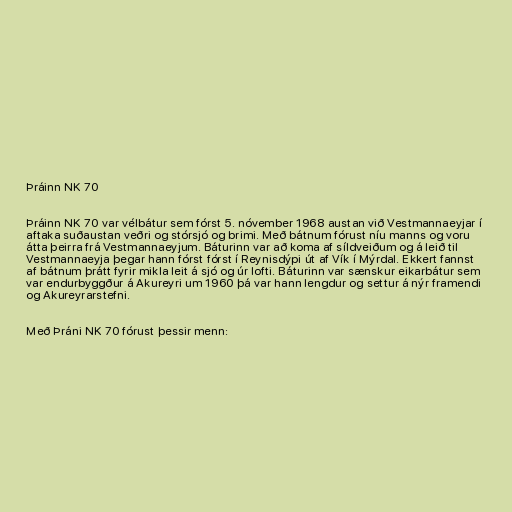
Þráinn NK 70

Þráinn NK 70 var vélbátur sem fórst 5. nóvember 1968 austan við Vestmannaeyjar í
aftaka suðaustan veðri og stórsjó og brimi. Með bátnum fórust níu manns og voru
átta þeirra frá Vestmannaeyjum. Báturinn var að koma af síldveiðum og á leið til
Vestmannaeyja þegar hann fórst fórst í Reynisdýpi út af Vík í Mýrdal. Ekkert fannst
af bátnum þrátt fyrir mikla leit á sjó og úr lofti. Báturinn var sænskur eikarbátur sem
var endurbyggður á Akureyri um 1960 þá var hann lengdur og settur á nýr framendi
og Akureyrarstefni.

Með Þráni NK 70 fórust þessir menn: